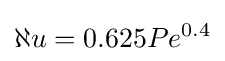
\aleph u=0.625Pe^{0.4}